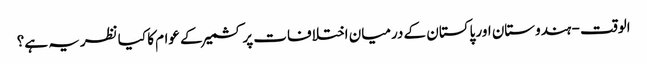
الوقت - ہندوستان اور پاکستان کے درمیان اختلافات پر کشمیر کے عوام کا کیا نظریہ ہے؟